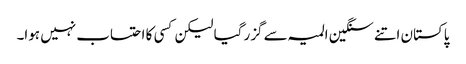
پاکستان اتنے سنگین المیہ سے گزر گیا لیکن کسی کا احتساب نہیں ہوا۔